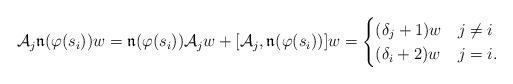
LaTeX: \begin{align*}\mathcal{A}_j \mathfrak{n}(\varphi(s_i)) w = \mathfrak{n}(\varphi(s_i)) \mathcal{A}_j w + [\mathcal{A}_j, \mathfrak{n}(\varphi(s_i))] w = \begin{cases} (\delta_j+1) w & j\neq i \\ (\delta_i+2) w & j=i. \end{cases} \end{align*}